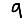
Digit: 9